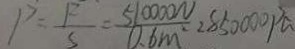
P = \frac { F } { S } = \frac { 5 1 0 0 0 0 N } { 0 . 6 m ^ { 2 } } = 8 5 0 0 0 0 P a